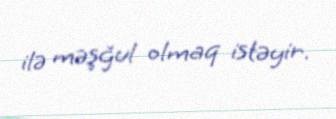
ilə məşğul olmaq istəyir.